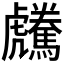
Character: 𩦶